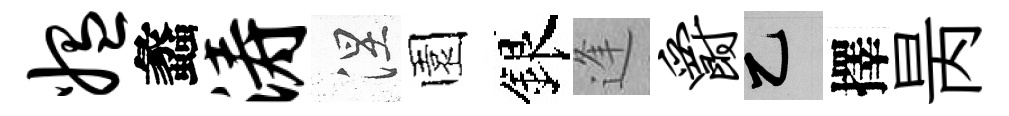
媪蠡涛涅園銀逢爵乙擇昺